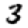
Digit: 3